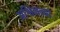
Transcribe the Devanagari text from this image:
अश्विनच्या